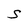
Character: S